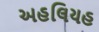
અહલિયહ